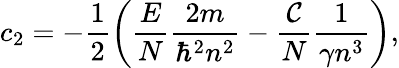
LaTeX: c_{2}=-\frac{1}{2}\left(\frac{E}{N}\frac{2m}{\hbar^{2}n^{2}}-\frac{\mathcal{C}}{N}\frac{1}{\gamma n^{3}}\right),